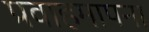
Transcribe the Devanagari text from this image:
प्रवाहमापना